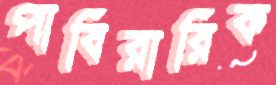
পাবিরারিক